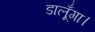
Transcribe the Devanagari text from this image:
डालूँगा।